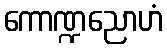
ကောဏ္ဍညောဟံ